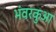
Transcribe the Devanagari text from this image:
भंवरकुआ